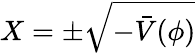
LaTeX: X=\pm\sqrt{-\bar{V}(\phi)}